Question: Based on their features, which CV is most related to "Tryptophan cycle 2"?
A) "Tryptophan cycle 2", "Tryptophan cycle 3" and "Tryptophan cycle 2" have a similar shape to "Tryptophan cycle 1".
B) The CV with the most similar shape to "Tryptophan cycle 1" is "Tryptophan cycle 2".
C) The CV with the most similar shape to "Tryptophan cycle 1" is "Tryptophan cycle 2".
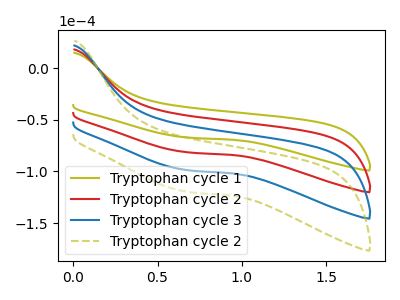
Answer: <think>The olive curve "Tryptophan cycle 1" has no peaks. The red curve "Tryptophan cycle 2" has no peaks. The blue curve "Tryptophan cycle 3" has no peaks. The olive dashed curve "Tryptophan cycle 2" has no peaks.
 Neither "Tryptophan cycle 1" or "Tryptophan cycle 2" have any peaks. Neither "Tryptophan cycle 1" or "Tryptophan cycle 3" have any peaks. Neither "Tryptophan cycle 1" or "Tryptophan cycle 2" have any peaks. Neither "Tryptophan cycle 2" or "Tryptophan cycle 3" have any peaks. Neither "Tryptophan cycle 2" or "Tryptophan cycle 2" have any peaks. Neither "Tryptophan cycle 3" or "Tryptophan cycle 2" have any peaks.</think>
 <answer>A) "Tryptophan cycle 2", "Tryptophan cycle 3" and "Tryptophan cycle 2" have a similar shape to "Tryptophan cycle 1".</answer>
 <eval>A</eval>